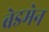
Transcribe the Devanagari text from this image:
ब्रेडमेन